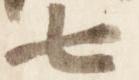
七